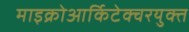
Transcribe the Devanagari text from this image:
माइक्रोआर्किटेक्चरयुक्त